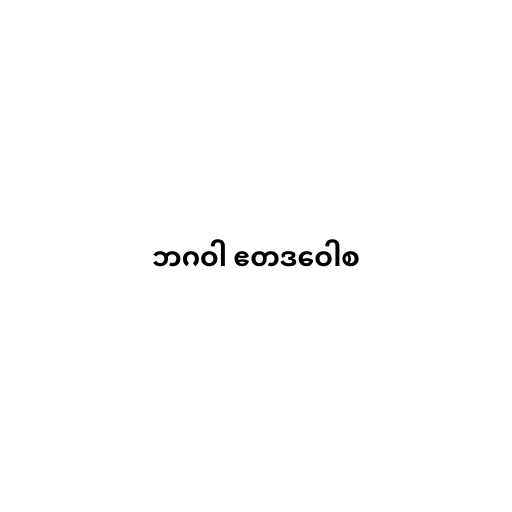
ဘဂဝါ ဧတဒဝေါစ